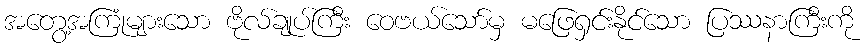
အတွေ့အကြုံများသော ဗိုလ်ချုပ်ကြီး ဝေဗယ်သော်မှ မဖြေရှင်းနိုင်သော ပြဿနာကြီးကို